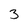
Character: 3